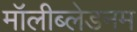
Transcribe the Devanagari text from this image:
मॉलीब्लेडनम